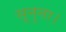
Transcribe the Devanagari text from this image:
सूनुना।